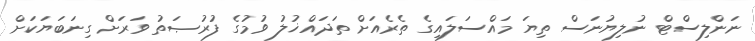
ނަންލިސްޓް ނުލިޔުނަސް ތިޔަ މައްސަލައިގެ ތެރެއަށް ތަދައްޚުލު ވުމުގެ ފުރުޞަތު ވަރަށް ގިނަބަޔަކަށް